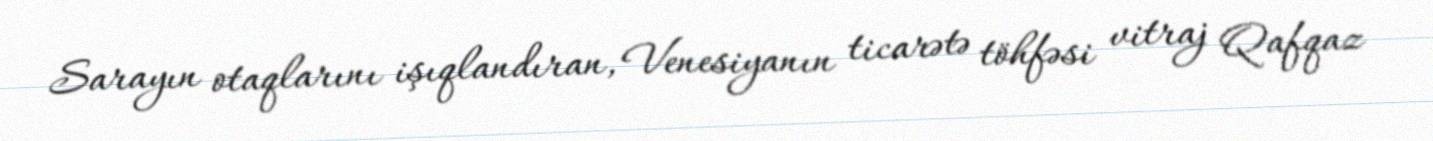
Sarayın otaqlarını işıqlandıran, Venesiyanın ticarətə töhfəsi vitraj Qafqaz